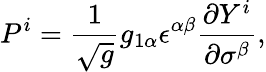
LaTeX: P^{i}=\frac{1}{\sqrt{g}}g_{1\alpha}\epsilon^{\alpha\beta}\frac{\partial Y^{i}}{\partial\sigma^{\beta}},